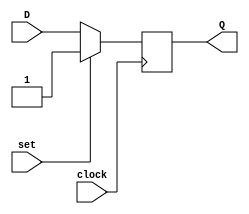
module d_flipflop (
    input wire D,
    input wire clock,
    input wire set,
    output reg Q
);

always @(posedge clock) begin
    if (set) begin
        Q <= 1'b1;
    end else begin
        Q <= D;
    end
end

endmodule